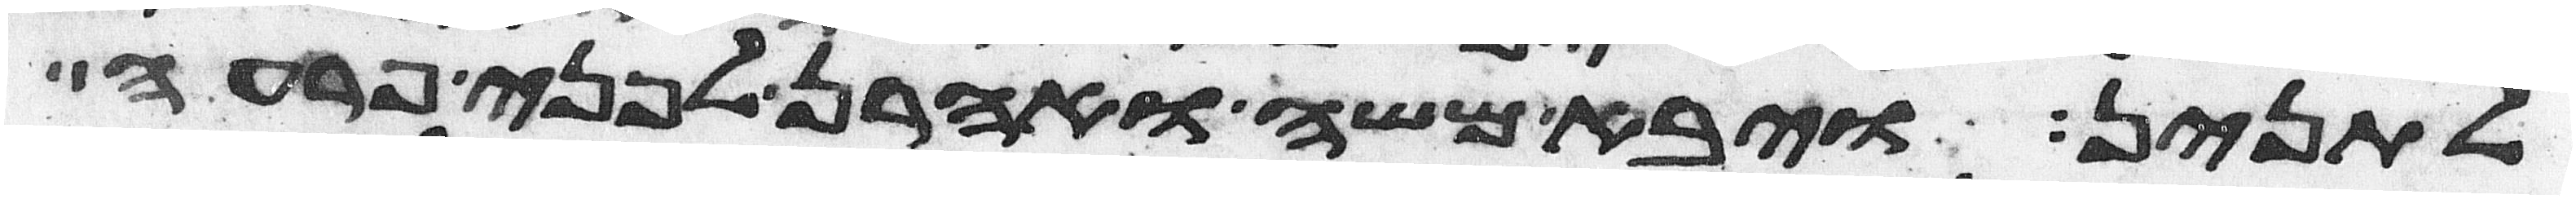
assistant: לתנין ויבא משה ואהרן לפני פרעה